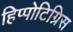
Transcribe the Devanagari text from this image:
हिप्पोटिग्रिस